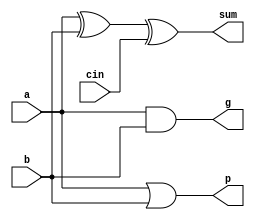
module full_adder(
    input a, b, cin,
    output sum,
    output p, g
    );
    
    assign sum = a^b^cin;
    //assign cout = (b&cin)|(a&cin)|(a&b);
    
    assign p = a|b;
    assign g = a&b;
    
endmodule